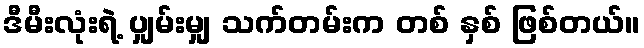
ဒီမီးလုံးရဲ့ ပျှမ်းမျှ သက်တမ်းက တစ် နှစ် ဖြစ်တယ်။